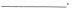
___。